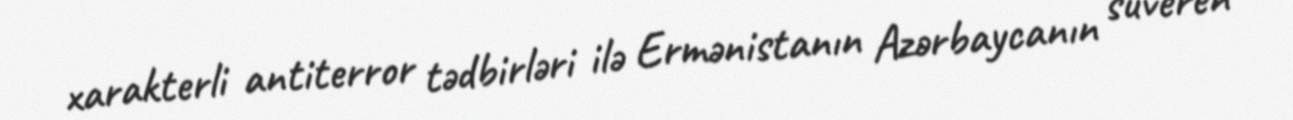
xarakterli antiterror tədbirləri ilə Ermənistanın Azərbaycanın suveren